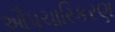
ઔપચારિકરણ